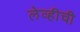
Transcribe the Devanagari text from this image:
लेव्हीची